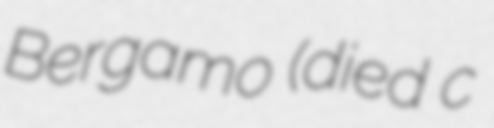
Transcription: Bergamo (died c